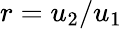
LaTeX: r=u_{2}/u_{1}